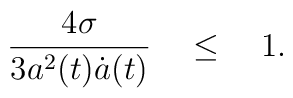
{ 4 \sigma \over 3   a^{2}(t)\dot{a}(t) } \quad \le \quad 1 .